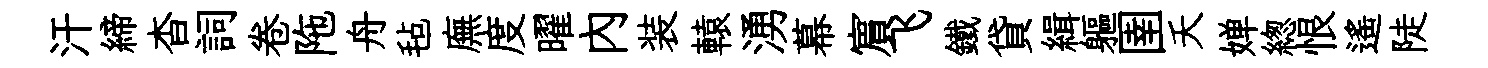
汗締杳詞卷陁舟毡廡度曜内装轅湧幕賔飞鐵貸緝軀圉夭婵緫恨遙陡